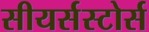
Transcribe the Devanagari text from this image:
सीयर्सस्‍टोर्स